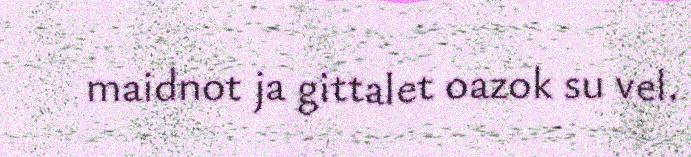
maidnot ja gittalet oazok su vel.